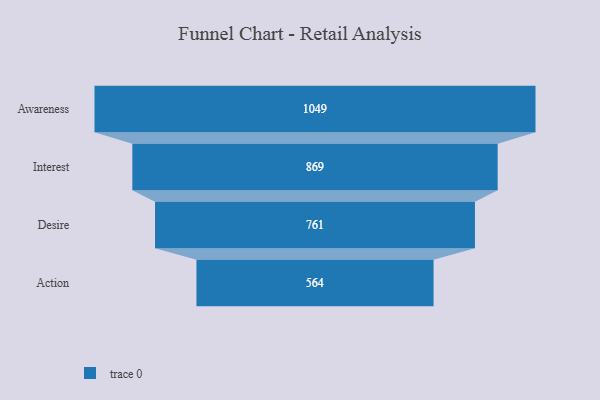
{"axis": {"x": "Stage", "y": "Value"}, "legend": [""], "data": [{"x": "Awareness", "y": 1049.0, "type": ""}, {"x": "Interest", "y": 869.0, "type": ""}, {"x": "Desire", "y": 761.0, "type": ""}, {"x": "Action", "y": 564.0, "type": ""}]}